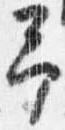
予